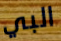
البي